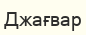
Джағвар